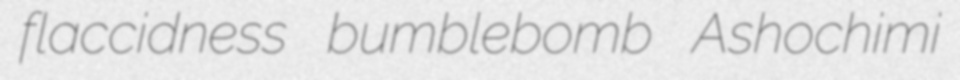
flaccidness bumblebomb Ashochimi